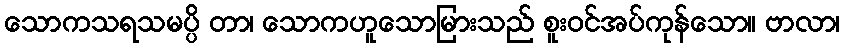
သောကသရသမပ္ပိ တာ၊ သောကဟူသောမြားသည် စူးဝင်အပ်ကုန်သော။ ဗာလာ၊